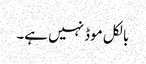
بالکل موڈ نہیں ہے۔